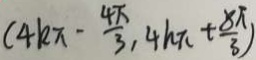
( 4 k \pi - \frac { 4 \pi } { 3 } , 4 k \pi + \frac { 8 \pi } { 3 } )